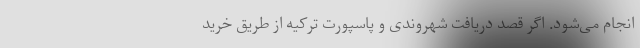
انجام می‌شود. اگر قصد دریافت شهروندی و پاسپورت ترکیه از طریق خرید